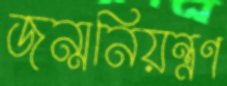
জন্মনিয়ন্ত্রণ